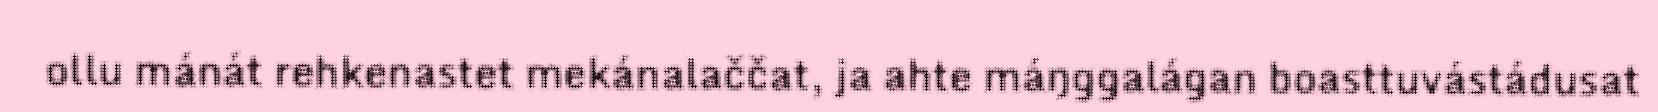
ollu mánát rehkenastet mekánalaččat, ja ahte máŋggalágan boasttuvástádusat